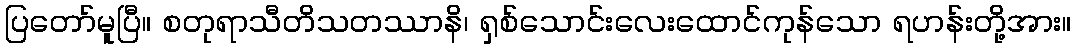
ပြတော်မူပြီ။ စတုရာသီတိသတဿာနိ၊ ရှစ်သောင်းလေးထောင်ကုန်သော ရဟန်းတို့အား။